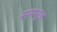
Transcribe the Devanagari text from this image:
समभूज